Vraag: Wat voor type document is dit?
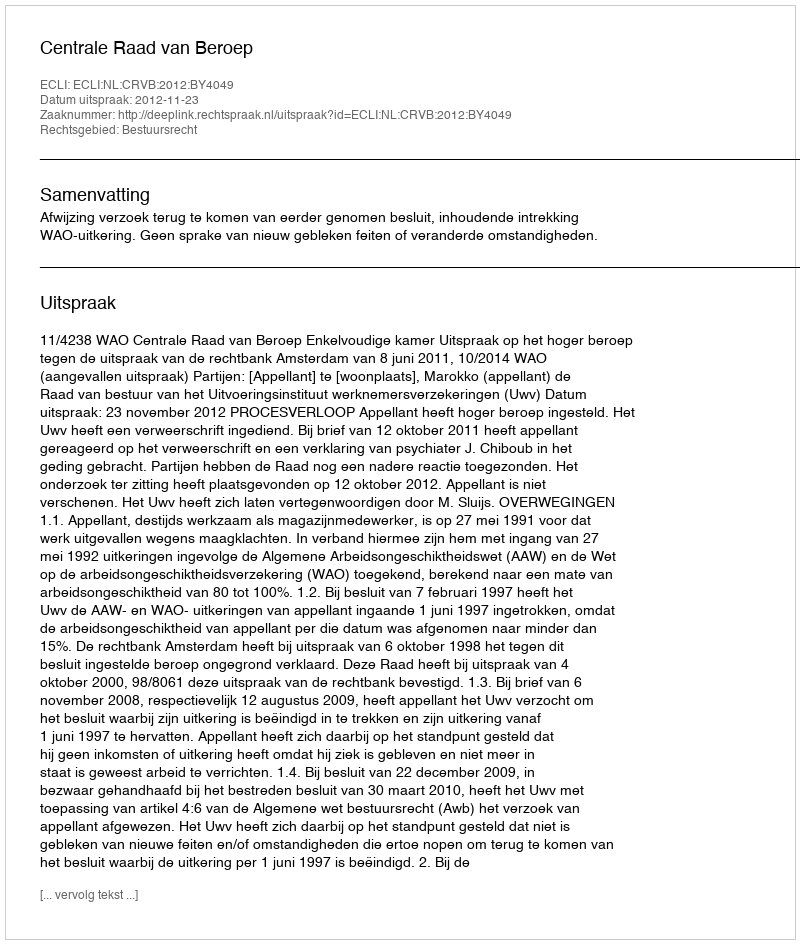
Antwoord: Uitspraak